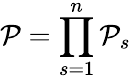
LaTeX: {\cal P}=\prod_{s=1}^{n}{{\cal P}}_{s}